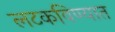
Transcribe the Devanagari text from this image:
लटकविण्यात